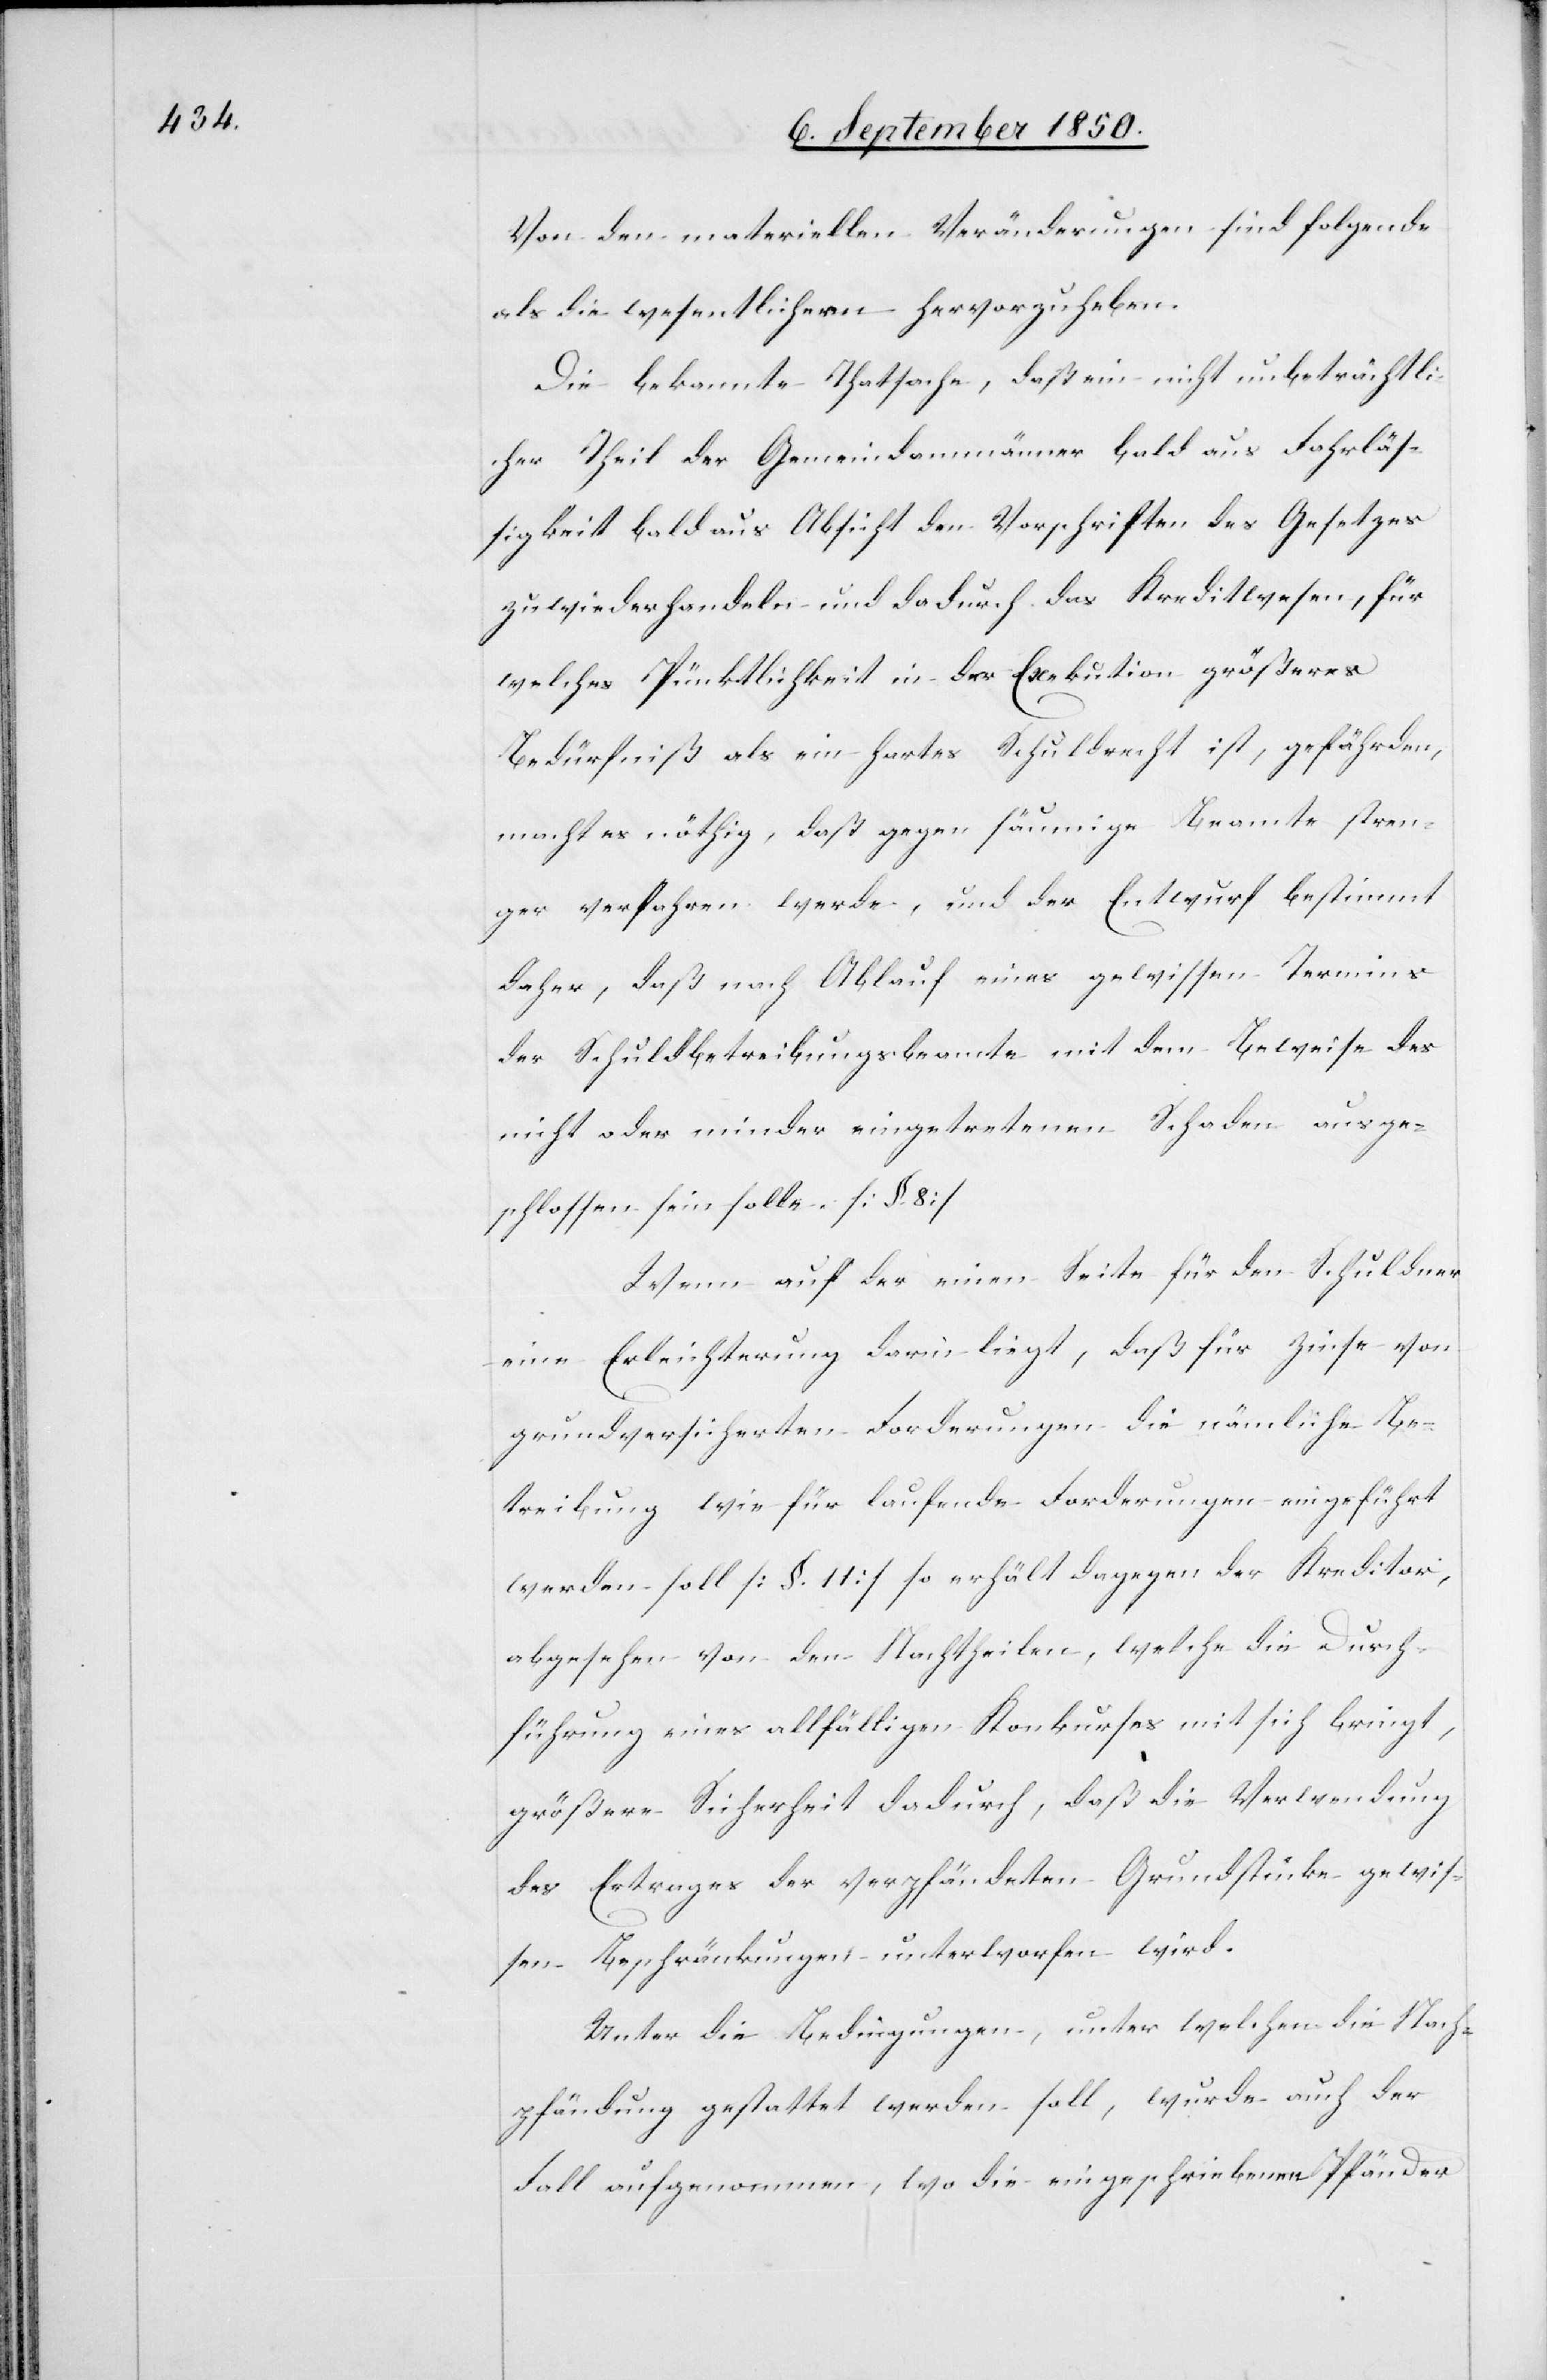
Von den materiellen Veränderungen sind folgende
als die wesentlichern hervorzuheben.
Die bekannte Thatsache, daß ein nicht unbeträchtli¬
cher Theil der Gemeindammänner bald aus Fahrläs¬
sigkeit bald aus Absicht den Vorschriften des Gesetzes
zuwiederhandeln und dadurch das Kreditwesen, für
welches Pünktlichkeit in der Exekution größeres
Bedürfniß als ein hartes Schuldrecht ist, gefährde,
macht es nöthig, daß gegen säumige Beamte stren¬
ger verfahren werde, und der Entwurf bestimmt
daher, daß nach Ablauf eines gewissen Termins
der Schuldbetreibungsbeamte mit dem Beweise des
nicht oder minder eingetretenen Schaden ausge¬
schlossen sein solle. [§. 8]
Wenn auf der einen Seite für den Schuldner
eine Erleichterung darin liegt, daß für Zinse von
grundversicherten Forderungen die nämliche Be¬
treibung wie für laufende Forderungen eingeführt
werden soll [§. 11] so erhält dagegen der Kreditor,
abgesehen von den Nachtheilen, welche die Durch¬
führung eines allfälligen Konkurses mit sich bringt,
größere Sicherheit dadurch, daß die Verwendung
des Ertrages der verpfändeten Grundstücke gewis¬
sen Beschränkungen unterworfen wird.
Unter die Bedingungen, unter welchen die Nach¬
pfändung gestattet werden soll wurde auch der
fall aufgenommen, wo die eingeschriebenen Pfänder